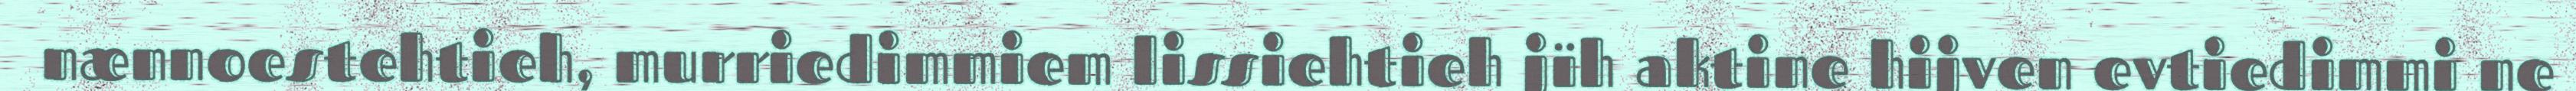
nænnoestehtieh, murriedimmiem lissiehtieh jïh aktine hijven evtiedimmi ne